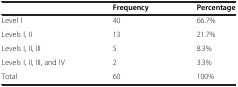
<table><thead><tr><td><b> </b></td><td><b>Frequency</b></td><td><b>Percentage</b></td></tr></thead><tbody><tr><td>Level I</td><td>40</td><td>66.7%</td></tr><tr><td>Levels I, II</td><td>13</td><td>21.7%</td></tr><tr><td>Levels I, II, III</td><td>5</td><td>8.3%</td></tr><tr><td>Levels I, II, III, and IV</td><td>2</td><td>3.3%</td></tr><tr><td>Total</td><td>60</td><td>100%</td></tr></tbody></table>